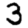
Digit: 3